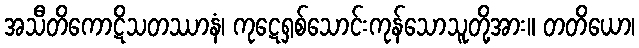
အသီတိကောဋိသတဿာနံ၊ ကုဋေရှစ်သောင်းကုန်သောသူတို့အား။ တတိယော၊